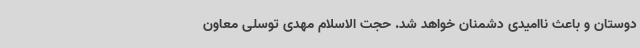
دوستان و باعث ناامیدی دشمنان خواهد شد. حجت الاسلام مهدی توسلی معاون